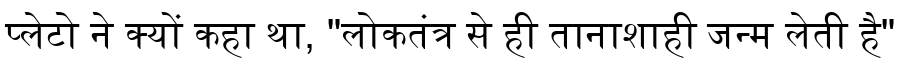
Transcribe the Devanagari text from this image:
प्लेटो ने क्यों कहा था, "लोकतंत्र से ही तानाशाही जन्म लेती है"